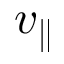
v _ { \parallel }